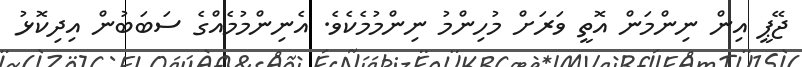
ޖޭޕީ އިން ނިންމަން އޮތީ ވަރަށް މުހިންމު ނިންމުމެކެވެ. އެނިންމުމެއްގެ ސަބަބުން އިދިކޮޅު